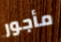
مأجور